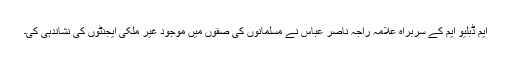
ایم ڈبلیو ایم کے سربراہ علامہ راجہ ناصر عباس نے مسلمانوں کی صفوں میں موجود غیر ملکی ایجنٹوں کی نشاندہی کی۔